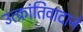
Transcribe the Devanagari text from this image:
उत्क्रांतिवादाने